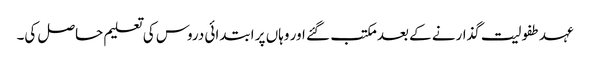
عہد طفولیت گذارنے کے بعد مکتب گئے اور وہاں پر ابتدائی دروس کی تعلیم حاصل کی۔